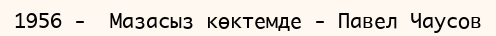
1956 -  Мазасыз көктемде - Павел Чаусов